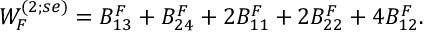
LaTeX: { \cal W } _ { F } ^ { ( 2 ; s e ) } = B _ { 1 3 } ^ { F } + B _ { 2 4 } ^ { F } + 2 B _ { 1 1 } ^ { F } + 2 B _ { 2 2 } ^ { F } + 4 B _ { 1 2 } ^ { F } .